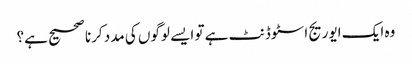
وہ ایک ایوریج اسٹوڈنٹ ہے تو ایسے لوگوں کی مدد کرنا صحیح ہے؟